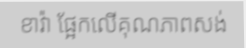
ខាវ៉ា ផ្អែកលើគុណភាពសង់